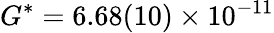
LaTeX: G^{*}=6.68(10)\times 10^{-11}